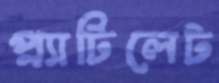
প্ল্যাটিলেট